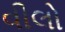
વીલો